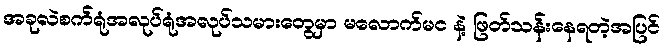
အခုလဲစက်ရုံအလုပ်ရုံအလုပ်သမားတွေမှာ မလောက်မင နဲ့ ဖြတ်သန်းနေရတဲ့အပြင်